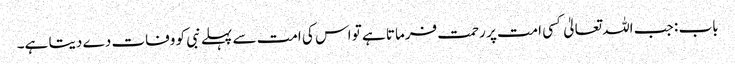
باب : جب اللہ تعالیٰ کسی امت پر رحمت فرماتا ہے تو اس کی امت سے پہلے نبی کو وفات دے دیتا ہے۔